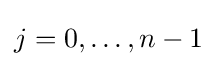
j=0,\ldots ,n-1